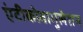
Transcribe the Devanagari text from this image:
एंटीकोवागुलेशन